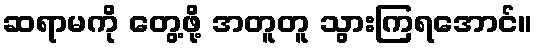
ဆရာမကို တွေ့ဖို့ အတူတူ သွားကြရအောင်။